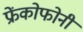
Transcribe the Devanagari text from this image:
फ्रेंकोफोनी